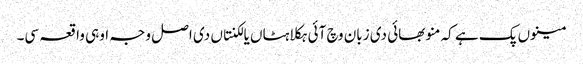
مینوں پک ہے کہ منو بھائی دی زبان وچ آئی ہکلاہٹاں یا لکنتاں دی اصل وجہ اوہی واقعہ سی۔